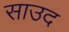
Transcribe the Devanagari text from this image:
साउद